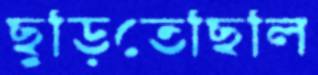
ছুড়িতেছিলি